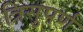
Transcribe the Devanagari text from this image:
त्रिसुपर्ण